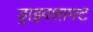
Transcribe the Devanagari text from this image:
ड्राइवशाफ्ट